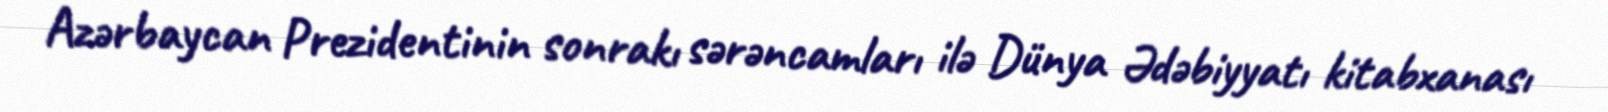
Azərbaycan Prezidentinin sonrakı sərəncamları ilə Dünya Ədəbiyyatı kitabxanası